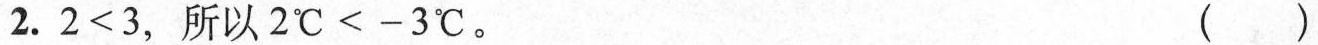
2.$$2 < 3$$，所以$$2 ℃ < -3 ℃$$。 ()